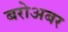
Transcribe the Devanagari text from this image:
बरोअबर